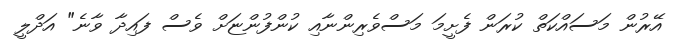
އޭރުން މަސައްކަތް ކުރަން ފެށީމަ މަސްވެރިންނާއި ކުންފުންޏަށް ވެސް ފައިދާ ވާނެ" އަދްލީ